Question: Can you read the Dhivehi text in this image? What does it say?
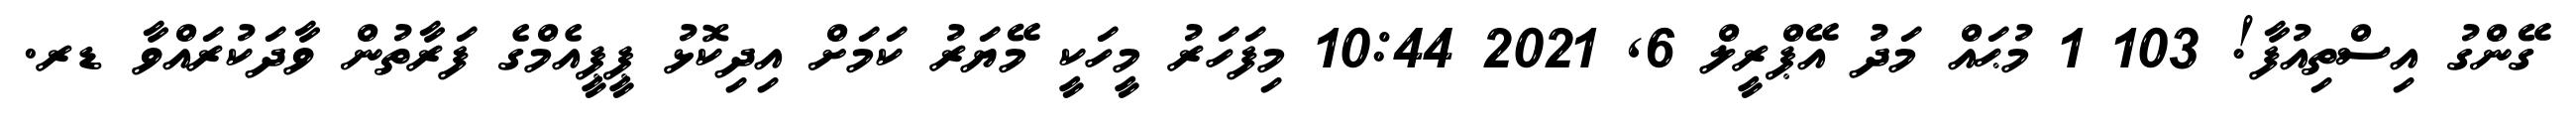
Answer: ގޭންގު އިސްތިއުފާ! 103 1 މުޙައް މަދު އޭޕްރީލް 6, 2021 10:44 މިފަހަރު މީހަކީ މޭޔަރު ކަމަށް އިދިކޮޅު ޕީޕީއެމްގެ ފަރާތުން ވާދަކުރައްވާ ޑރ.